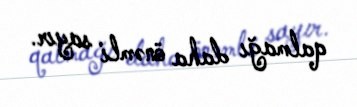
qalmağı daha önəmli sayır.